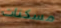
مسكنات